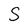
Character: S